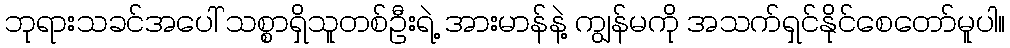
ဘုရားသခင်အပေါ် သစ္စာရှိသူတစ်ဦးရဲ့ အားမာန်နဲ့ ကျွန်မကို အသက်ရှင်နိုင်စေတော်မူပါ။